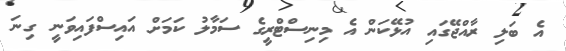
އެ ބަލި ރާއްޖޭގައި އުޅޭކަން އެ މިނިސްޓްރީގެ ސަމާލު ކަމަށް އައިސްފައިވަނީ ގިނަ